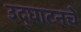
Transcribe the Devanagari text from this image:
उद्घाटनचे